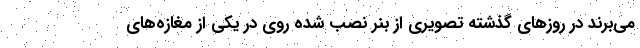
می‌برند در روز‌های گذشته تصویری از بنر نصب شده روی در یکی از مغازه‌های